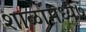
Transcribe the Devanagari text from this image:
शाळांमध्ये७